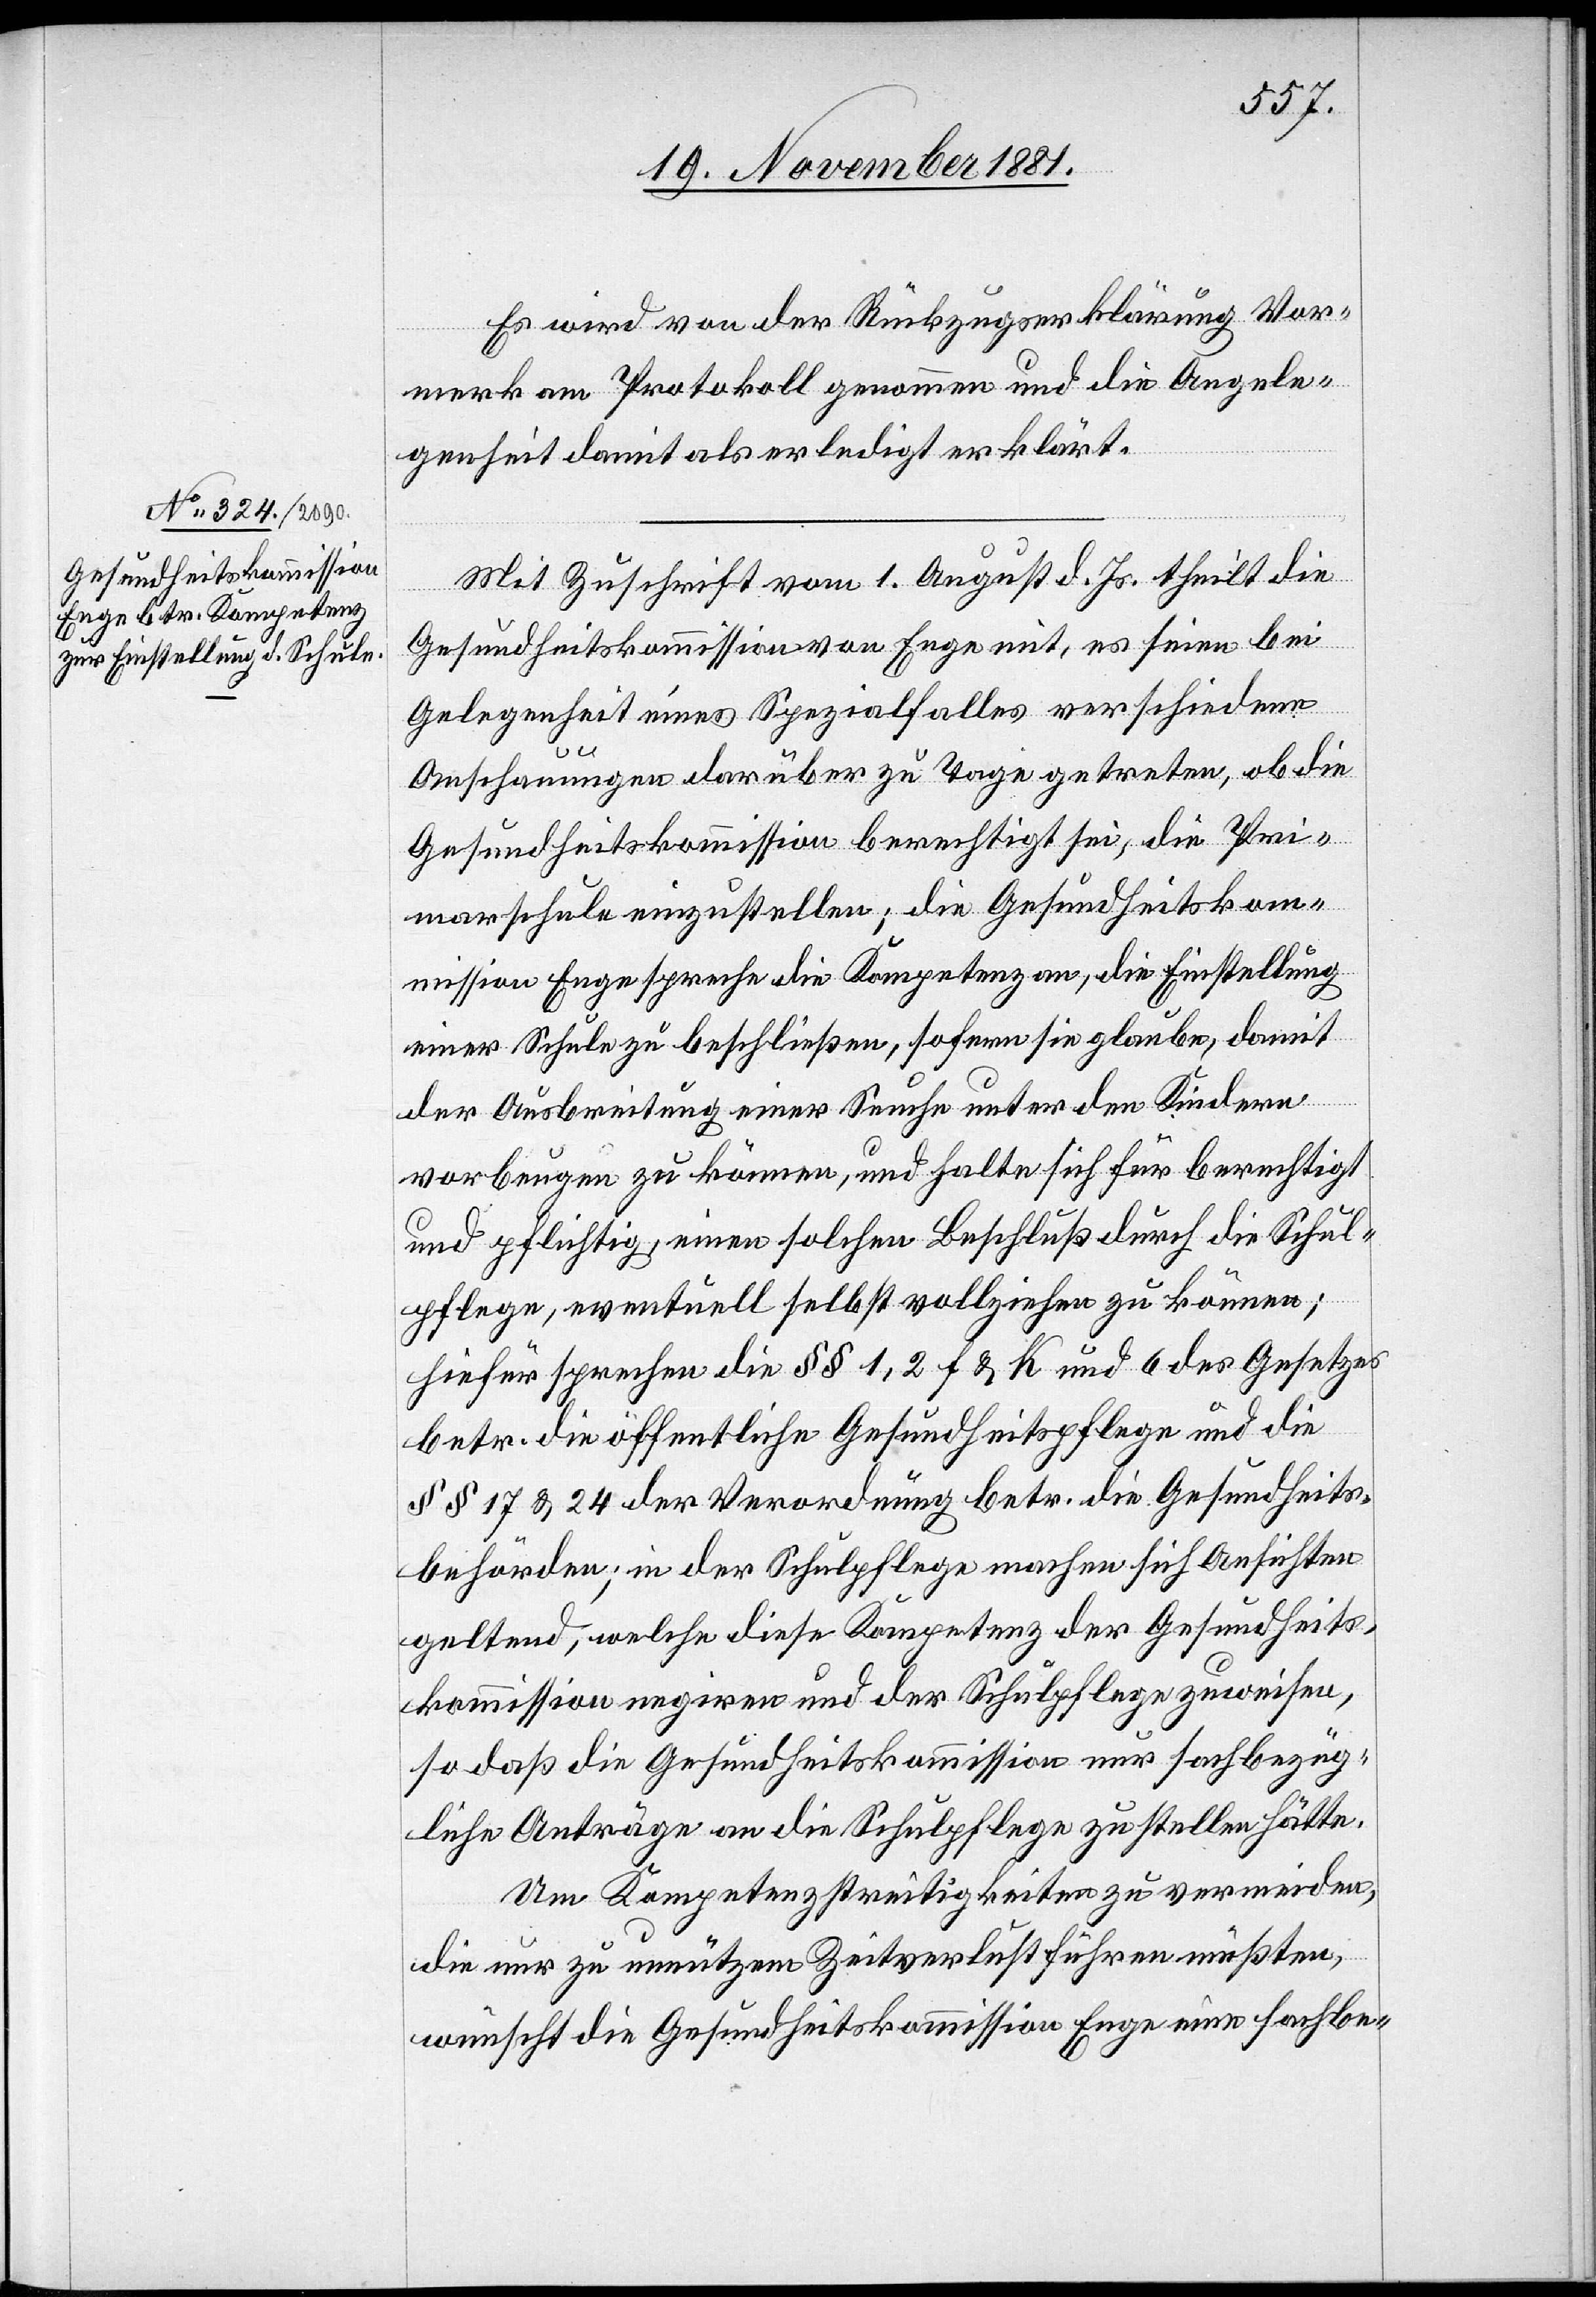
Es wird von der Rückzugserklärung Vor¬
merk am Protokoll genommen und die Angele¬
genheit damit als erledigt erklärt.
Mit Zuschrift vom 1. August d. Js. theilt die
Gesundheitskommission von Enge mit, es seien bei
Gelegenheit eines Spezialfalles verschiedene
Anschauungen darüber zu Tage getreten, ob die
Gesundheitskommission berechtigt sei, die Pri¬
marschule einzustellen; die Gesundheitskom¬
mission Enge spreche die Kompetenz an, die Einstellung
einer Schule zu beschließen, sofern sie glaube, damit
der Ausbreitung einer Seuche unter den Kindern
vorbeugen zu können, und halte sich für berechtigt
und pflichtig, einen solchen Beschluß durch die Schul¬
pflege, eventuell selbst vollziehen zu können;
hiefür sprechen die §§ 1, 2 F & K und 6 des Gesetzes
betr. die öffentliche Gesundheitspflege und die
§§ 17 & 24 der Verordnung betr. die Gesundheits¬
behörden; in der Schulpflege machen sich Ansichten
geltend, welche diese Kompetenz der Gesundheits¬
kommission negiren und der Schulpflege zuweisen,
so daß die Gesundheitskommission nur sachbezüg¬
liche Anträge an die Schulpflege zu stellen hätte.
Um Kompetenzstreitigkeiten zu vermeiden,
die nur zu unnützem Zeitverlust führen müßten,
wünscht die Gesundheitskommission Enge eine fachbe-